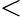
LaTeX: \mathrm{<}